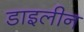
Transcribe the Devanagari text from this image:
डाइलीन